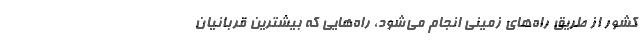
کشور از طریق راه‌های زمینی انجام می‌شود، راه‌هایی که بیشترین قربانیان